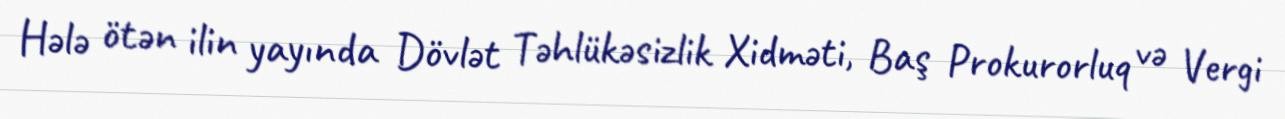
Hələ ötən ilin yayında Dövlət Təhlükəsizlik Xidməti, Baş Prokurorluq və Vergi